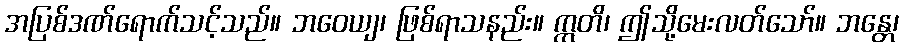
အပြစ်ဒဏ်ရောက်သင့်သည်။ ဘဝေယျ၊ ဖြစ်ရာသနည်း။ ဣတိ၊ ဤသို့မေးလတ်သော်။ ဘန္တေ၊